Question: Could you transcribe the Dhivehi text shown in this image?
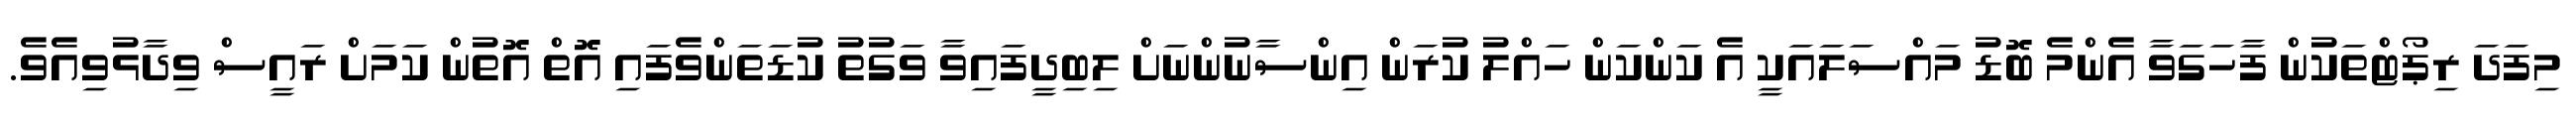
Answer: މިފަދަ ރިޕޯޓްތަކުން ފާހަގަވާ އެންމެ ބޮޑު މައްސަލައަކީ އެ ކަންކަން ހައްލު ކުރަން އިންސާނުންނަށް ލިބިދީފައިވާ ވަގުތު ކުޑަތަންވެފައި އޮތް އޮތުން ކަމަށް ރައީސް ވިދާޅުވިއެވެ.